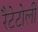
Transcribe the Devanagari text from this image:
रैटेटोली